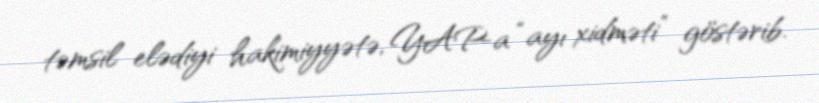
təmsil elədiyi hakimiyyətə, YAP-a “ayı xidməti” göstərib.